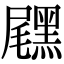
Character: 𪑐